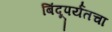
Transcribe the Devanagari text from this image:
बिंदूपर्यंतचा